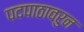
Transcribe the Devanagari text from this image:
पदपाठावरुन